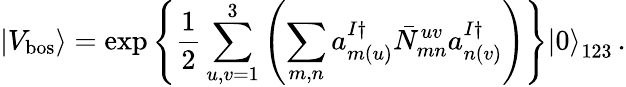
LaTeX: \left|V_{\mathrm{bos}}\right>=\exp\left\{ \frac{1}{2}\sum_{u,v=1}^{3}\left(\sum_{m,n}a_{m(u)}^{I\dagger}{\bar{N}}_{mn}^{uv}a_{n(v)}^{I\dagger}\right)\right\} \left|0\right>_{123}\, .